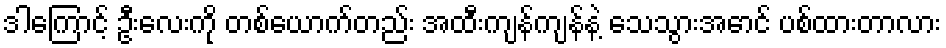
ဒါကြောင့် ဦးလေးကို တစ်ယောက်တည်း အထီးကျန်ကျန်နဲ့ သေသွားအောင် ပစ်ထားတာလား